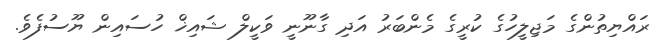
ރައްޔިތުންގެ މަޖިލީހުގެ ކުރީގެ މެންބަރު އަދި ގާނޫނީ ވަކީލް ޝައިޚް ހުސައިން ޔޫސުފެވެ.